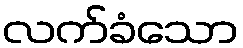
လက်ခံသော